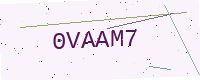
Text: 0VAAM7